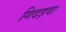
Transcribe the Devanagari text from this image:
गिदड़वा